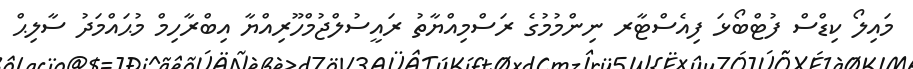
މައިލޯ ކިޑްސް ފުޓްބޯޅަ ފިއެސްޓާރ ނިންމުމުގެ ރަސްމިއްޔާތު ރައީސުލްޖުމްހޫރިއްޔާ އިބްރާހިމް މުޙައްމަދު ސާލިޙް